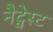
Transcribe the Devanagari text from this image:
नैट्वेस्ट